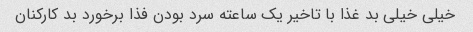
خیلی خیلی بد غذا با تاخیر یک ساعته سرد بودن فذا برخورد بد کارکنان